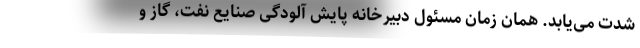
شدت می‌یابد. همان زمان مسئول دبیرخانه پایش آلودگی صنایع نفت، گاز و